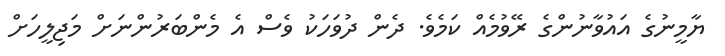
ޔާމީނުގެ އައުވާނުންގެ ރޭވުމެއް ކަމެވެ. ދެން ދުވަހަކު ވެސް އެ މެންބަރުންނަށް މަޖިލީހަށް